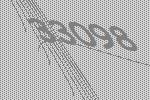
33098